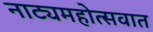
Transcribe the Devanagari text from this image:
नाट्यमहोत्सवात